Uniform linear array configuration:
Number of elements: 16
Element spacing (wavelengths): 0.25
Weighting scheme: hann
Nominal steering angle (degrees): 60
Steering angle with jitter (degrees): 59.957
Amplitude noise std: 0.05
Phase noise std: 0.05

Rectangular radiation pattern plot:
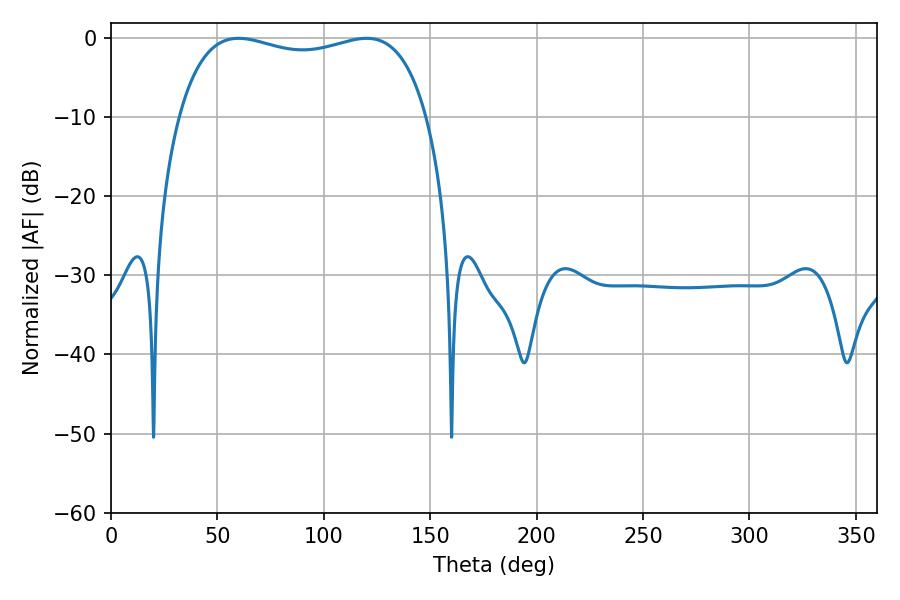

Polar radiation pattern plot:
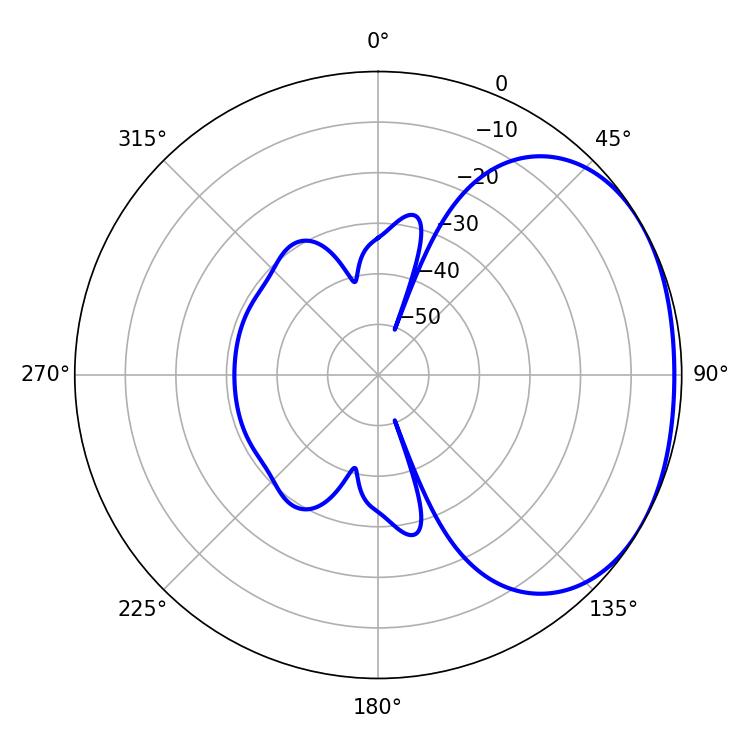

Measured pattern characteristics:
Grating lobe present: FALSE
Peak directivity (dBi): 1.846
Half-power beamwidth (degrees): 95.04
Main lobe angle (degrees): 59.94